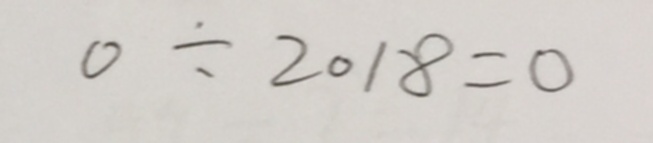
0 \div 2 0 1 8 = 0